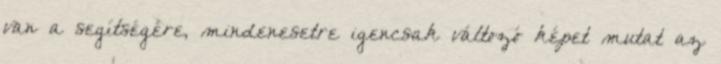
van a segítségére, mindenesetre igencsak változó képet mutat az